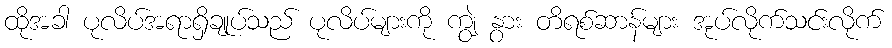
ထိုအခါ ပုလိပ်အရာရှိချုပ်သည် ပုလိပ်များကို ကျွဲ နွား တိရစ်ဆာန်များ အုပ်လိုက်သင်းလိုက်